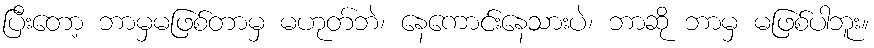
ပြီးတော့ ဘာမှမဖြစ်တာမှ မဟုတ်ဘဲ၊ နေကောင်းနေသားပဲ၊ ဘာဆို ဘာမှ မဖြစ်ပါဘူး။